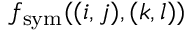
f _ { \mathrm { s y m } } ( ( i , j ) , ( k , l ) )